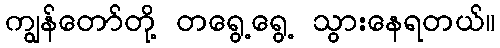
ကျွန်တော်တို့ တရွေ့ရွေ့ သွားနေရတယ်။